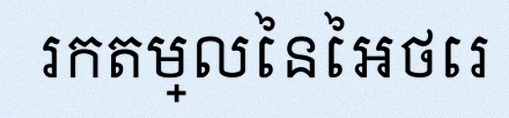
រកតម្លៃនៃអថេរ